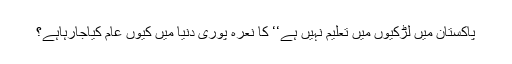
پاکستان میں لڑکیوں میں تعلیم نہیں ہے‘‘ کا نعرہ پوری دنیا میں کیوں عام کیاجارہاہے؟